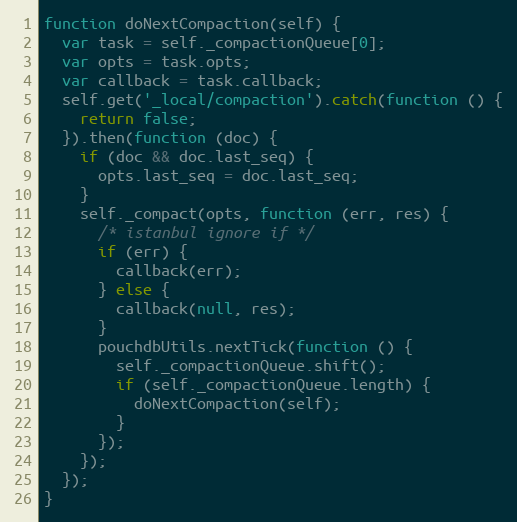
Language: JavaScript
function doNextCompaction(self) {
  var task = self._compactionQueue[0];
  var opts = task.opts;
  var callback = task.callback;
  self.get('_local/compaction').catch(function () {
    return false;
  }).then(function (doc) {
    if (doc && doc.last_seq) {
      opts.last_seq = doc.last_seq;
    }
    self._compact(opts, function (err, res) {
      /* istanbul ignore if */
      if (err) {
        callback(err);
      } else {
        callback(null, res);
      }
      pouchdbUtils.nextTick(function () {
        self._compactionQueue.shift();
        if (self._compactionQueue.length) {
          doNextCompaction(self);
        }
      });
    });
  });
}